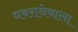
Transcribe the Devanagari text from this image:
घबरानेवाला